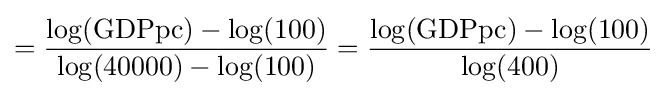
={\frac {\log({\text{GDPpc}})-\log(100)}{\log(40000)-\log(100)}}={\frac {\log({\text{GDPpc}})-\log(100)}{\log(400)}}